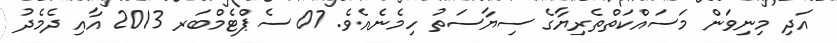
އަދި މިނިވަން މަސައްކަތްތެރިޔާގެ ސިޔާސަތު ހިމެނެއެވެ. 07 ސެޕްޓެމްބަރ 2013 އާއި ދެމެދު